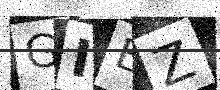
Text: GIEZ